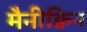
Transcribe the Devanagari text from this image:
मैनीक्विन